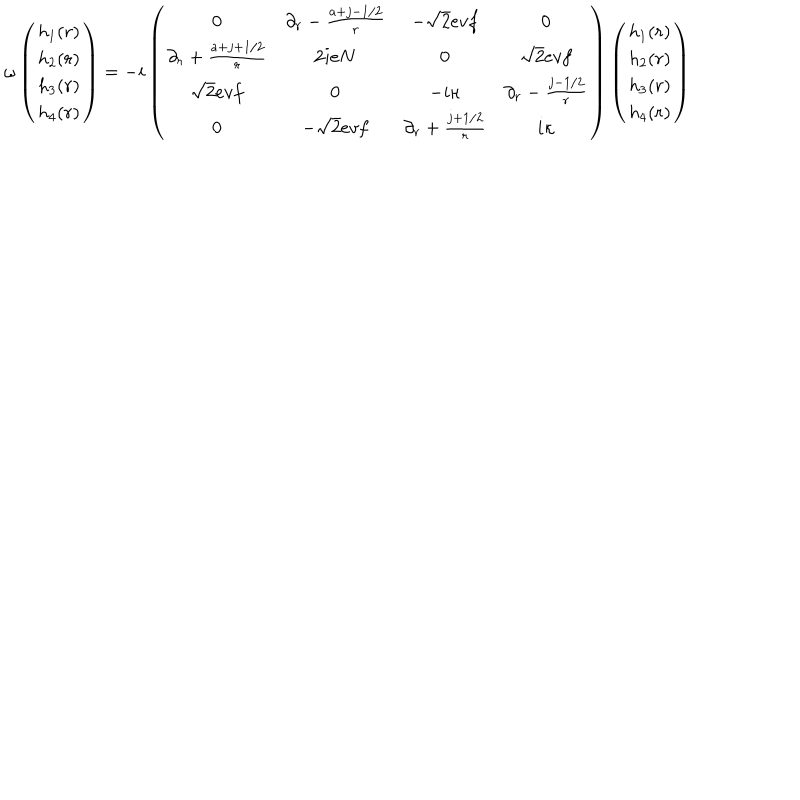
\omega \left( \begin{array} { c } { { h _ { 1 } ( r ) } } \\ { { h _ { 2 } ( r ) } } \\ { { h _ { 3 } ( r ) } } \\ { { h _ { 4 } ( r ) } } \\ \end{array} \right) = - i \left( \begin{array} { c c c c } { { 0 } } & { { \partial _ { r } - { \frac { a + j - 1 / 2 } { r } } } } & { { - \sqrt { 2 } e v f } } & { { 0 } } \\ { { \partial _ { r } + { \frac { a + j + 1 / 2 } { r } } } } & { { 2 i e N } } & { { 0 } } & { { \sqrt { 2 } e v f } } \\ { { \sqrt { 2 } e v f } } & { { 0 } } & { { - i \kappa } } & { { \partial _ { r } - { \frac { j - 1 / 2 } { r } } } } \\ { { 0 } } & { { - \sqrt { 2 } e v f } } & { { \partial _ { r } + { \frac { j + 1 / 2 } { r } } } } & { { i \kappa } } \\ \end{array} \right) \left( \begin{array} { c } { { h _ { 1 } ( r ) } } \\ { { h _ { 2 } ( r ) } } \\ { { h _ { 3 } ( r ) } } \\ { { h _ { 4 } ( r ) } } \\ \end{array} \right)